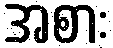
အစား